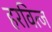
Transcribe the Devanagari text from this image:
हरवित्ज